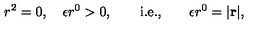
r ^ { 2 } = 0 , \quad \epsilon r ^ { 0 } > 0 , \qquad \mathrm { i . e . , } \qquad \epsilon r ^ { 0 } = | \bf r | ,